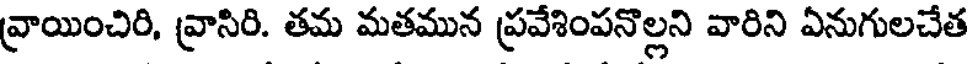
వ్రాయించిరి, వ్రాసిరి. తమ మతమున ప్రవేశింపనొల్లని వారిని ఏనుగులచేత